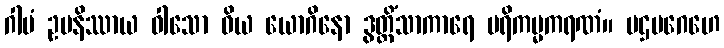
ဂါမံ ဥပနိဿာယ ဝါသော ဝိယ ယောဂိနော ဒွတ္တိံသာကာရေ ပရိကမ္မကရဏံ။ ပဌမဂေဟေ